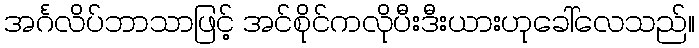
အင်္ဂလိပ်ဘာသာဖြင့် အင်စိုင်ကလိုပီးဒီးယားဟုခေါ်လေသည်။